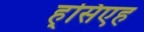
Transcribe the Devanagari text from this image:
ह्सिएह